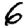
Digit: 6